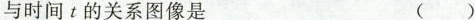
与时间 t 的关系图像是 ()